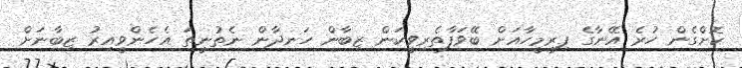
ކޮށްގެން ހުރެ އޭނާގެ ފިރިމީހާއަށް ބޭވަފާތެރިވީކަން ޒިބާން ހަނދާން ނެތުނީތަ އެހެންވީއިރު ޒިބާނަށް